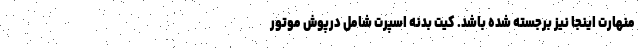
منهارت اینجا نیز برجسته شده باشد. کیت بدنه اسپرت شامل درپوش موتور